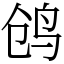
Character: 鸧